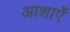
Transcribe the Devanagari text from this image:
आशाऐं